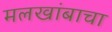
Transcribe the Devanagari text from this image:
मलखांबाचा